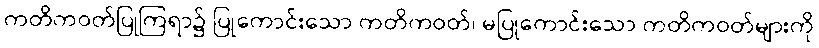
ကတိကဝတ်ပြုကြရာ၌ ပြုကောင်းသော ကတိကဝတ်၊ မပြုကောင်းသော ကတိကဝတ်များကို